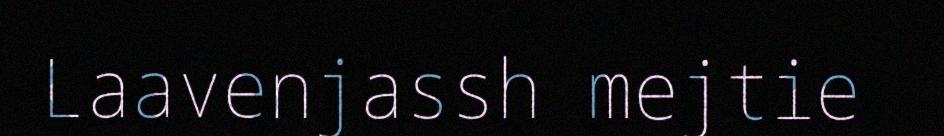
Laavenjassh mejtie